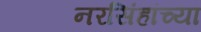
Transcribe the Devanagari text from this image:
नरसिंहांच्या